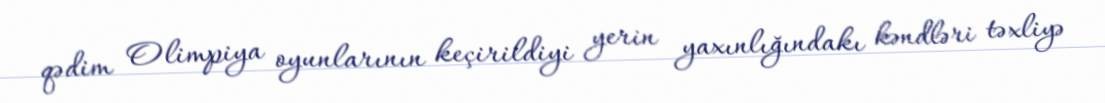
qədim Olimpiya oyunlarının keçirildiyi yerin yaxınlığındakı kəndləri təxliyə